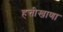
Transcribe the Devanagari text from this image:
हत्तीखाणा